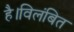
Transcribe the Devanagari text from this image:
है।विलंबित